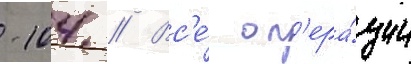
-104 // Вс'е́ оп'ера́ции